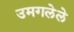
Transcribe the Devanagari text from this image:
उमगलेले